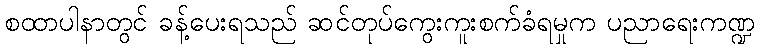
စထာပါနာတွင် ခန့်ပေးရသည် ဆင်တုပ်ကွေးကူးစက်ခံရမှုက ပညာရေးကဏ္ဍ